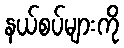
နယ်စပ်များကို